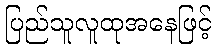
ပြည်သူလူထုအနေဖြင့်